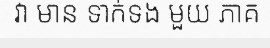
វា មាន ទាក់ទង មួយ ភាគ